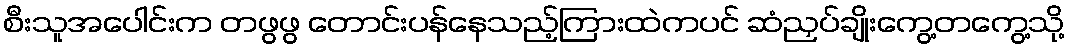
စီးသူအပေါင်းက တဖွဖွ တောင်းပန်နေသည့်ကြားထဲကပင် ဆံညှပ်ချိုးကွေ့တကွေ့သို့